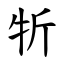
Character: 㸫